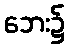
ဘေး၌